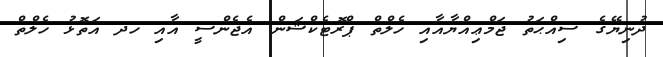
ދުނިޔޭގެ ސިއްޙަތު ޖަމްޢިއްޔާއާއި ހެލްތް ޕްރޮޓެކްޝަން އެޖެންސީ އާއި ހދ އަތޮޅު ހެލްތް